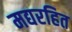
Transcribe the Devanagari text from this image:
मद्यरहित